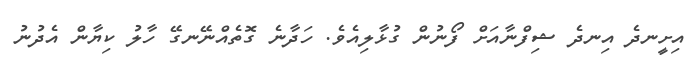
އިށީނދެ އިނދެ ޝިފްނާއަށް ފޯނުން ގުޅާލިއެވެ. ހަދާނެ ގޮތެއްނޭނގޭ ހާލު ކިޔާން އެދުނު